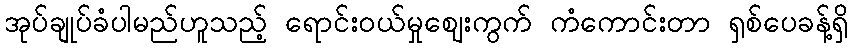
အုပ်ချုပ်ခံပါမည်ဟူသည့် ရောင်းဝယ်မှုဈေးကွက် ကံကောင်းတာ ရှစ်ပေခန့်ရှိ